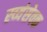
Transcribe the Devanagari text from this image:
स्व्यंसेवक